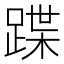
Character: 蹀